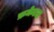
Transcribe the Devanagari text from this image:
फ्रमेन्टल